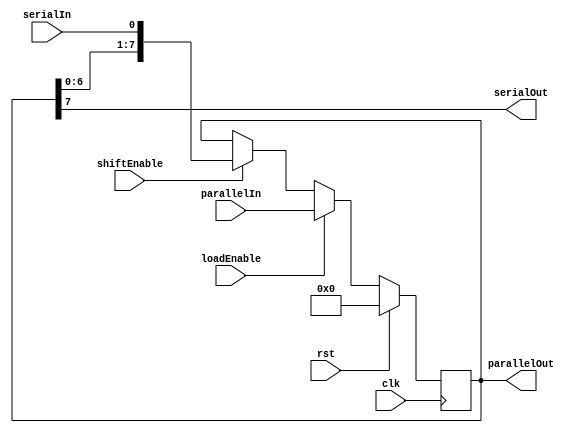
`default_nettype none

module JTAGRegister #(
		parameter WIDTH = 8
	)(
		input wire clk,
		input wire rst,

		input wire loadEnable,
		input wire shiftEnable,

		input  wire[WIDTH-1:0] parallelIn,
		output wire[WIDTH-1:0] parallelOut,
		input  wire serialIn,
		output wire serialOut
	);

	reg[WIDTH-1:0] data = {WIDTH{1'b0}};
	wire[WIDTH-1:0] nextData;

	generate
		if (WIDTH == 1) begin
			assign nextData = serialIn;
		end else begin
			assign nextData = { data[WIDTH-2:0], serialIn };
		end
	endgenerate

	always @(posedge clk) begin
		if (rst) data <= {WIDTH{1'b0}};
		else if (loadEnable) data <= parallelIn;
		else if (shiftEnable) data <= nextData;
	end
		
	assign parallelOut = data;
	assign serialOut = data[WIDTH-1];

endmodule